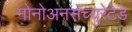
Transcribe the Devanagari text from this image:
मोनोअनसॅच्युरेटेड